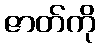
ဇာတ်ကို